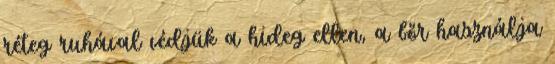
réteg ruhával védjük a hideg ellen, a bőr használja